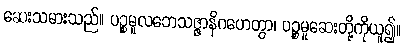
ဆေးသမားသည်။ ပဉ္စမူလဘေသဇ္ဇာနိဂဟေတွာ၊ ပဉ္စမူဆေးတို့ကိုယူ၍။